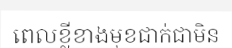
ពេលខ្លីខាងមុខជាក់ជាមិន